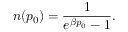
n ( p _ { 0 } ) = \frac { 1 } { e ^ { \beta p _ { 0 } } - 1 } .